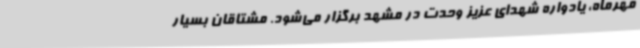
مهرماه، یادواره شهدای عزیز وحدت در مشهد برگزار می‌شود. مشتاقان بسیار